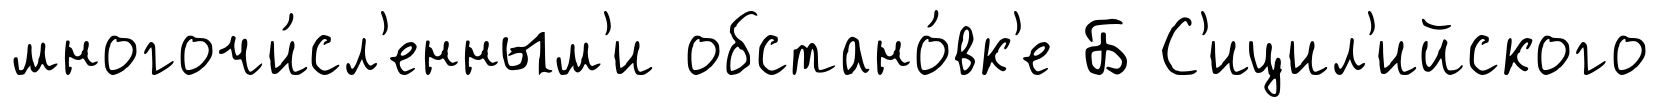
многочи́сл'енным'и обстано́вк'е Б С'ицил'ийского